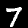
Digit: 7